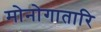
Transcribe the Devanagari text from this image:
मोनोगातारि